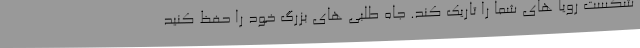
شکست رویا های شما را تاریک کند. جاه طلبی های بزرگ خود را حفظ کنید